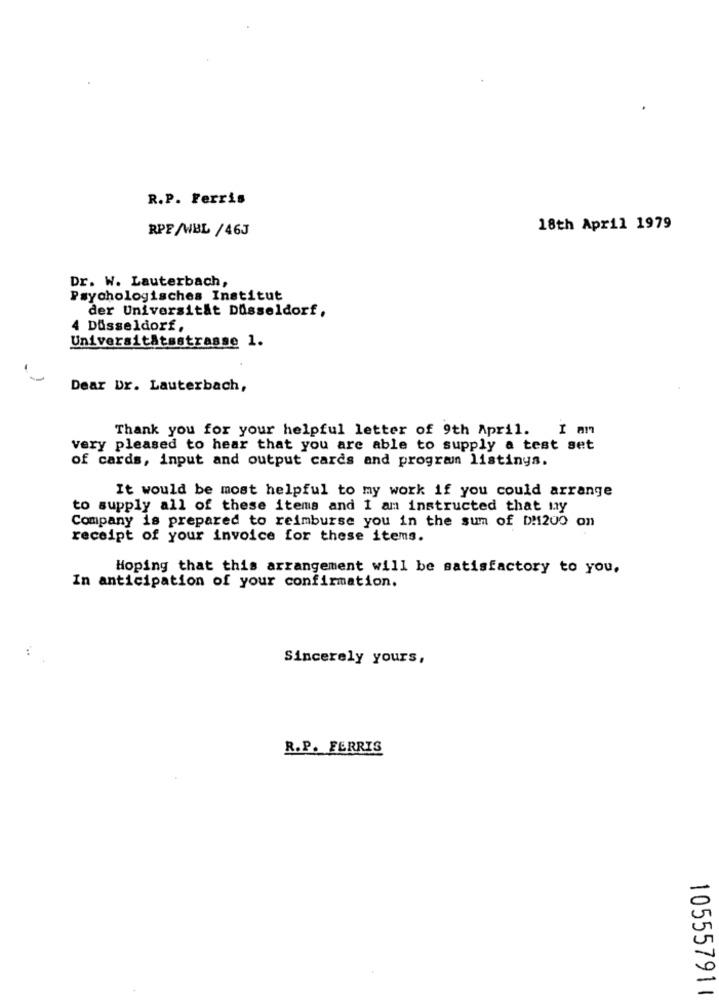
R.P. Ferris
RPF/WBL /46J
18th April 1979
Dr. W. Lauterbach,
Psychologisches Institut
der Universität Düsseldorf,
4 Düsseldorf,
UniversitAtsstrasse 1.
Dear Dr. Lauterbach,
Thank you for your helpful letter of 9th April. I am
very pleased to hear that you are able to supply a test set
of cards, input and output cards and program listinys.
It would be most helpful to my work if you could arrange
to supply all of these items and I am instructed that my
Company is prepared to reimburse you in the sum of D!1200 on
receipt of your invoice for these items.
Hoping that this arrangement will be satisfactory to you.
In anticipation of your confirmation.
:
Sincerely yours,
R.P. FERRIS
105557911